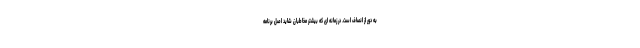
به دور از انصاف است. در زمانه ای که بیشتر مخاطبان شاید اصل برنامه